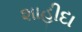
શાહીદા